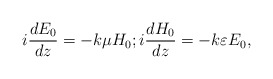
\begin{align*}i \frac{dE_0}{dz} = - k \mu H_0;i \frac{d H_0}{dz} = - k\varepsilon E_0,\end{align*}